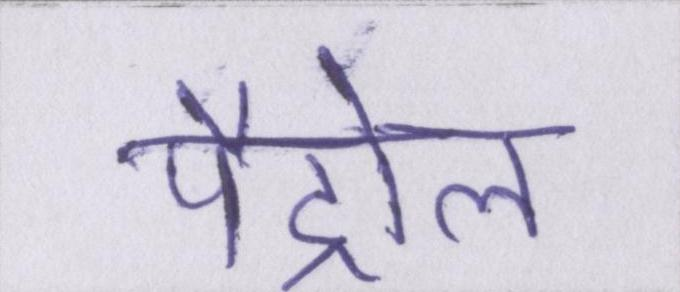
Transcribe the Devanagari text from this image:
पैट्रोल